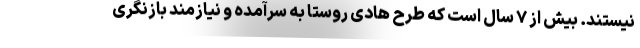
نیستند. بیش از ۷ سال است که طرح هادی روستا به سرآمده و نیازمند بازنگری